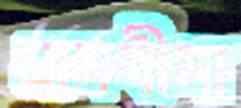
গ্রামবীমা